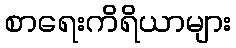
စာရေးကိရိယာများ